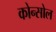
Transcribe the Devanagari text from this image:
कोन्सोल